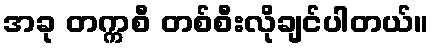
အခု တက္ကစီ တစ်စီးလိုချင်ပါတယ်။